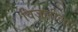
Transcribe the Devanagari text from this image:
विजलीला